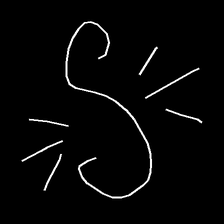
Glyph: wind-directs-air